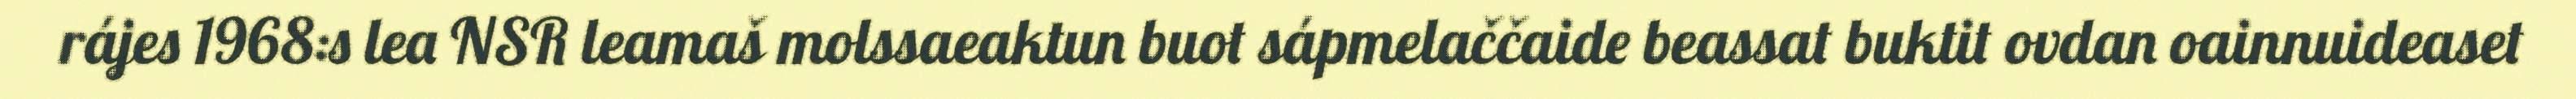
rájes 1968:s lea NSR leamaš molssaeaktun buot sápmelaččaide beassat buktit ovdan oainnuideaset